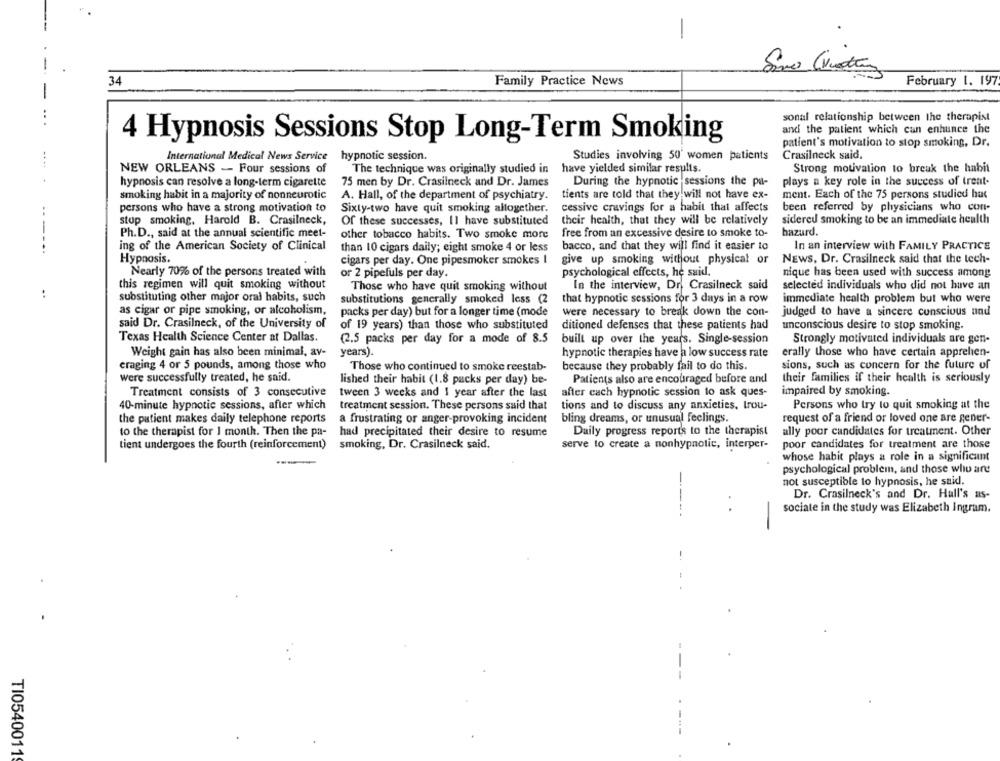
-
34
Family Practice News
February 1. 197
sonal relationship between the therapist
and the patient which can enhance the
4 Hypnosis Sessions Stop Long-Term Smoking
patient's motivation to stop smoking, Dr.
International Medical News Service hypnotic session.
Studies involving 50' women patients
Crasilneck said.
have yielded similar results.
NEW ORLEANS - Four sessions of
The technique was originally studied in
Strong motivation to break the habit
hypnosis can resolve a long-term cigarette
75 men by Dr. Crasilneck and Dr. James
During the hypnotic sessions the pa-
plays a key role in the success of trent-
smoking habit in a majority of nonneurotic
A. Hall, of the department of psychiatry.
tients are told that they will not have ex-
ment. Each of the 75 persons studied hat
persons who have a strong motivation to
Sixty-two have quit smoking altogether.
cessive cravings for a habit that affects
been referred by physicians who con-
stop smoking, Harold B. Crasilneck,
their health, that they will be relatively
sidered smoking to be an immediate health
Of these successes, Il have substituted
---
Ph.D ., said at the annual scientific meet-
other tobacco habits. Two smoke more
free from an excessive desire to smoke to-
bazurd.
ing of the American Society of Clinical
than 10 cigars daily; eight smoke 4 or less
bacco, and that they will find it easier to
In an interview with FAMILY PRACTICE
Hypnosis.
NEWS, Dr. Crasilneck said that the tech-
cigars per day. One pipesmoker smokes I
give up smoking without physical or
Nearly 70% of the persons treated with
or 2 pipefuls per day.
psychological effects, he said.
nique has been used with success among
this regimen will quit smoking without
Those who have quit smoking without
In the interview, Dr Crasilneck said
selected individuals who did not have an
..
substituting other major oral habits, such
immediate health problem but who were
substitutions generally smoked less (2
that hypnotic sessions for 3 days in a row
as cigar or pipe smoking, or alcoholism,
packs per day) but for a longer time (mode
were necessary to break down the con-
judged to have a sincere conscious and
said Dr. Crasilneck, of the University of
of 19 years) than those who substituted
ditioned defenses that these patients had
unconscious desire to stop smoking.
Texas Health Science Center at Dallas.
(2.5 packs per day for a mode of 8.5
built up over the years. Single-session
Strongly motivated individuals are gen-
Weight gain has also been minimal, av-
years).
hypnotic therapies have a low success rate
erally those who have certain apprehen-
eraging 4 or 5 pounds, among those who
because they probably fail to do this.
sions, such as concern for the future of
Those who continued to smoke reestab-
Were successfully treated, he said.
lished their habit (1.8 packs per day) be-
Patients also are encouraged before and
their families if their health is seriously
Treatment consists of 3 consecutive
tween 3 weeks and I year after the last
after each hypnotic session to ask ques-
impaired by smoking.
40-minute hypnotic sessions, after which
treatment session. These persons said that
tions and to discuss any anxieties, trou-
Persons who try to quit smoking at the
the patient makes daily telephone reports
a frustrating or anger-provoking incident
bling dreams, or unusual feclings.
request of a friend or loved one are gener-
to the therapist for 1 month. Then the pa-
had precipitated their desire to resume
Daily progress reports to the therapist
ally poor candidates for treatment. Other
tient undergoes the fourth (reinforcement)
smoking, Dr. Crasilneck said.
serve to create a nonhypnotic, interper-
poor candidates for treatment are those
whose habit plays a role in a significant
psychological problem, and those who are
not susceptible to hypnosis, he said.
Dr. Crasilneck's and Dr. Hall's as-
---.
sociale in the study was Elizabeth ingram.
-
--
TI0540011